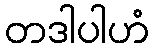
တဒါပါဟံ